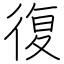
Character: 復